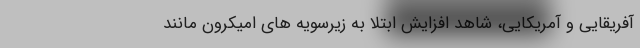
آفریقایی و آمریکایی، شاهد افزایش ابتلا به زیرسویه های اُمیکرون مانند